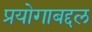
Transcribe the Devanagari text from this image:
प्रयोगाबद्दल